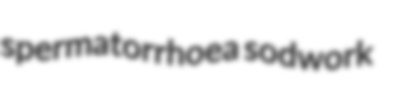
spermatorrhoea sodwork